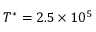
T ^ { * } = 2 . 5 \times 1 0 ^ { 5 }